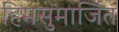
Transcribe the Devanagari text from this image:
हिमसुमार्जित